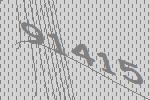
91415